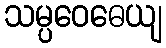
သမ္ပဝေဓေယျ